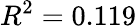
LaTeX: R^{2}=0.119